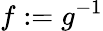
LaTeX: f:=g^{-1}